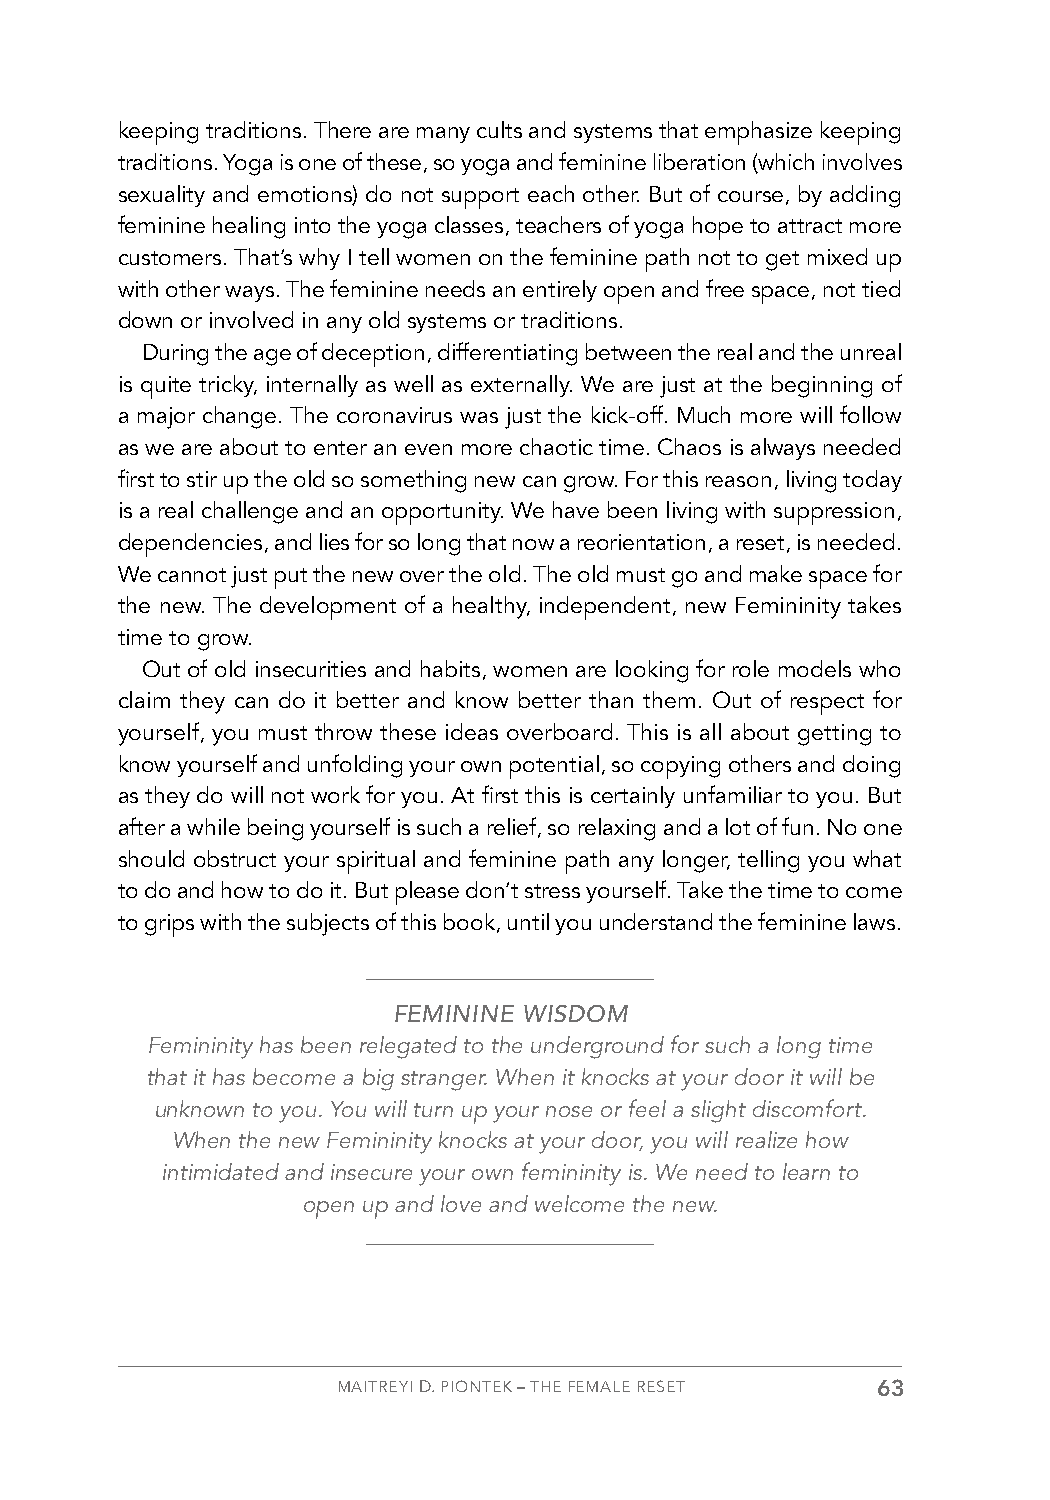
keeping traditions. There are many cults and systems that emphasize keeping
 traditions. Yoga is one of these, so yoga and feminine liberation (which involves
 sexuality and emotions) do not support each other. But of course, by adding
 feminine healing into the yoga classes, teachers of yoga hope to attract more
 customers. That’s why I tell women on the feminine path not to get mixed up
 with other ways. The feminine needs an entirely open and free space, not tied
 down or involved in any old systems or traditions.
 During the age of deception, differentiating between the real and the unreal
 is quite tricky, internally as well as externally. We are just at the beginning of
 a major change. The coronavirus was just the kick-off. Much more will follow
 as we are about to enter an even more chaotic time. Chaos is always needed
 first to stir up the old so something new can grow. For this reason, living today
 is a real challenge and an opportunity. We have been living with suppression,
 dependencies, and lies for so long that now a reorientation, a reset, is needed.
 We cannot just put the new over the old. The old must go and make space for
 the new. The development of a healthy, independent, new Femininity takes
 time to grow.
 Out of old insecurities and habits, women are looking for role models who
 claim they can do it better and know better than them. Out of respect for
 yourself, you must throw these ideas overboard. This is all about getting to
 know yourself and unfolding your own potential, so copying others and doing
 as they do will not work for you. At first this is certainly unfamiliar to you. But
 after a while being yourself is such a relief, so relaxing and a lot of fun. No one
 should obstruct your spiritual and feminine path any longer, telling you what
 to do and how to do it. But please don’t stress yourself. Take the time to come
 to grips with the subjects of this book, until you understand the feminine laws.
 FEMININE WISDOM
 Femininity has been relegated to the underground for such a long time
 that it has become a big stranger. When it knocks at your door it will be
 unknown to you. You will turn up your nose or feel a slight discomfort.
 When the new Femininity knocks at your door, you will realize how
 intimidated and insecure your own femininity is. We need to learn to
 open up and love and welcome the new.
 MAITREYI D. PIONTEK – THE FEMALE RESET 63